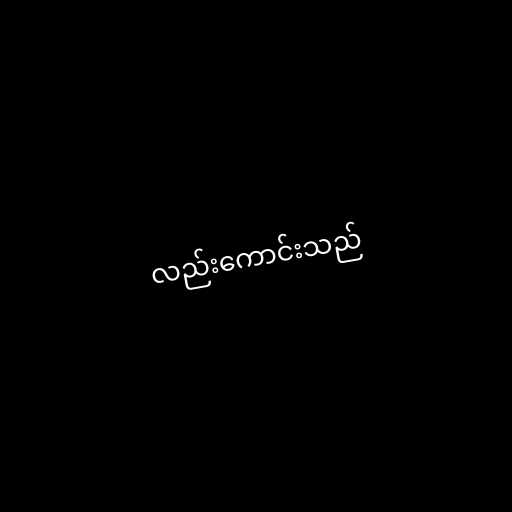
လည်းကောင်းသည်